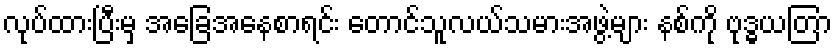
လုပ်ထားပြီးမှ အခြေအနေစာရင်း တောင်သူလယ်သမားအဖွဲ့များ နစ်ကို ဗုဒ္ဓယတြာ